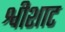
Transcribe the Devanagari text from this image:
श्वीशाट